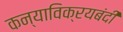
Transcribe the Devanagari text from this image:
कन्याविक्रयबंदी